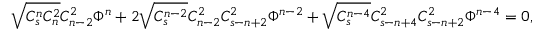
\sqrt { C _ { s } ^ { n } C _ { n } ^ { 2 } } C _ { n - 2 } ^ { 2 } \Phi ^ { n } + 2 \sqrt { C _ { s } ^ { n - 2 } } C _ { n - 2 } ^ { 2 } C _ { s - n + 2 } ^ { 2 } \Phi ^ { n - 2 } + \sqrt { C _ { s } ^ { n - 4 } } C _ { s - n + 4 } ^ { 2 } C _ { s - n + 2 } ^ { 2 } \Phi ^ { n - 4 } = 0 ,